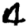
Digit: 4